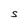
Character: S